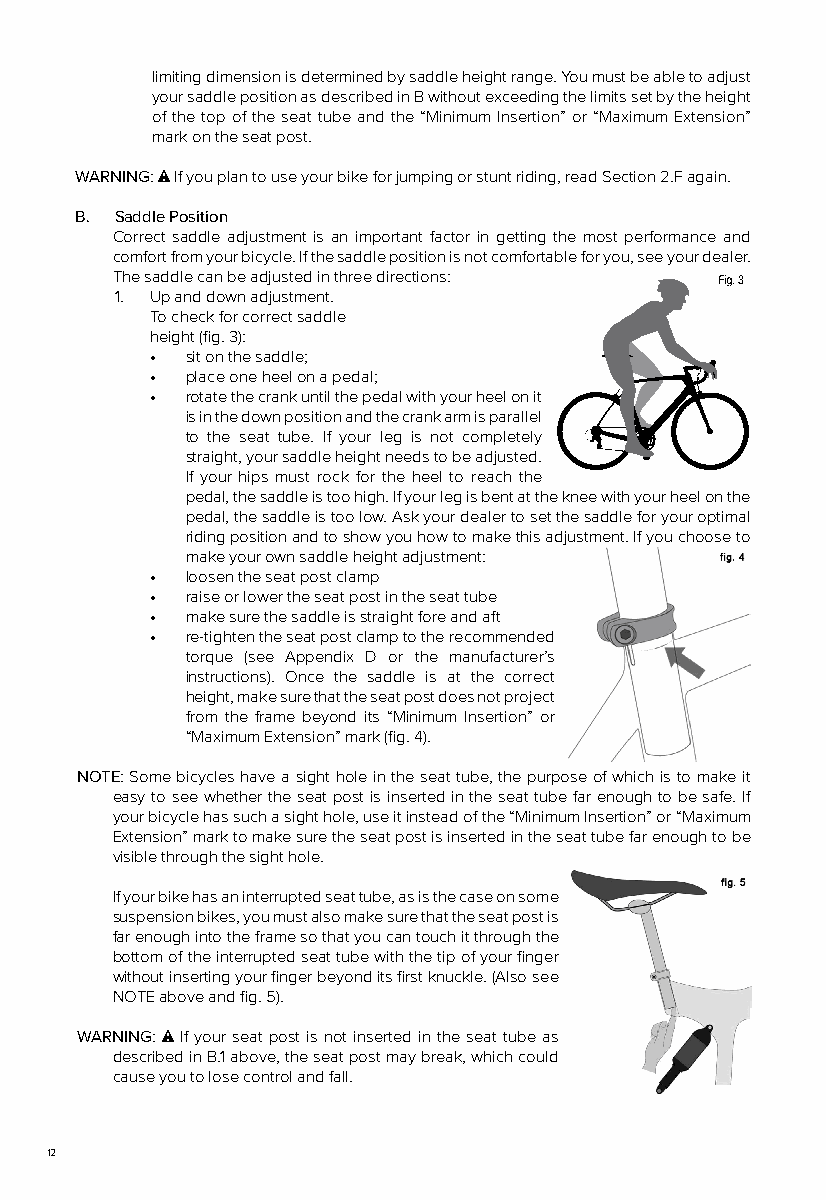
limiting dimension is determined by saddle height range. You must be able to adjust
 your saddle position as described in B without exceeding the limits set by the height
 of the top of the seat tube and the “Minimum Insertion” or “Maximum Extension”
 mark on the seat post.
 WARNING: If you plan to use your bike for jumping or stunt riding, read Section 2.F again.
 B. Saddle Position
 Correct saddle adjustment is an important factor in getting the most performance and
 comfort from your bicycle. If the saddle position is not comfortable for you, see your dealer.
 The saddle can be adjusted in three directions:
 1. Up and down adjustment.
 To check for correct saddle
 height (fig. 3):
 • sit on the saddle;
 • place one heel on a pedal;
 • rotate the crank until the pedal with your heel on it
 is in the down position and the crank arm is parallel
 to the seat tube. If your leg is not completely
 straight, your saddle height needs to be adjusted.
 If your hips must rock for the heel to reach the
 pedal, the saddle is too high. If your leg is bent at the knee with your heel on the
 pedal, the saddle is too low. Ask your dealer to set the saddle for your optimal
 riding position and to show you how to make this adjustment. If you choose to
 make your own saddle height adjustment:
 • loosen the seat post clamp
 • raise or lower the seat post in the seat tube
 • make sure the saddle is straight fore and aft
 • re-tighten the seat post clamp to the recommended
 torque (see Appendix D or the manufacturer’s
 instructions). Once the saddle is at the correct
 height, make sure that the seat post does not project
 from the frame beyond its “Minimum Insertion” or
 “Maximum Extension” mark (fig. 4).
 NOTE: Some bicycles have a sight hole in the seat tube, the purpose of which is to make it
 easy to see whether the seat post is inserted in the seat tube far enough to be safe. If
 your bicycle has such a sight hole, use it instead of the “Minimum Insertion” or “Maximum
 Extension” mark to make sure the seat post is inserted in the seat tube far enough to be
 visible through the sight hole.
 If your bike has an interrupted seat tube, as is the case on some
 suspension bikes, you must also make sure that the seat post is
 far enough into the frame so that you can touch it through the
 bottom of the interrupted seat tube with the tip of your finger
 without inserting your finger beyond its first knuckle. (Also see
 NOTE above and fig. 5).
 WARNING: If your seat post is not inserted in the seat tube as
 described in B.1 above, the seat post may break, which could
 cause you to lose control and fall.
 12